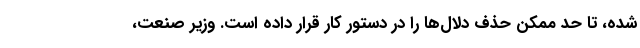
شده، تا حد ممکن حذف دلال‌ها را در دستور کار قرار داده است. وزیر صنعت،